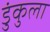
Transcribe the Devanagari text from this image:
डुंकुला